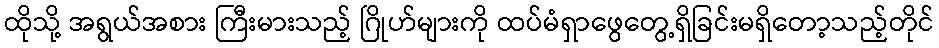
ထိုသို့ အရွယ်အစား ကြီးမားသည့် ဂြိုဟ်များကို ထပ်မံရှာဖွေတွေ့ရှိခြင်းမရှိတော့သည့်တိုင်